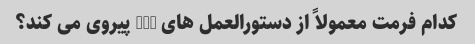
کدام فرمت معمولاً از دستورالعمل های MLA پیروی می کند؟